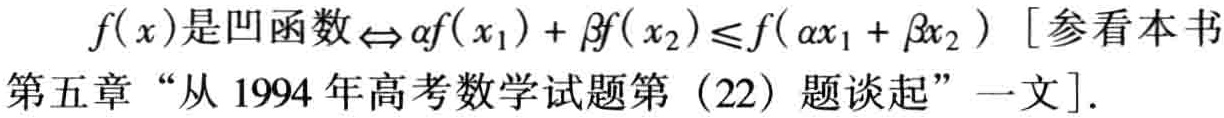
\(f(x)\)是凹函数\(\Leftrightarrow \alpha f(x_{1})+\beta f(x_{2})\leq f(\alpha x_{1}+\beta x_{2})\) [参看本书第五章“从 1994 年高考数学试题第（22）题谈起”一文].